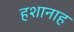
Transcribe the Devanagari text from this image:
हशानाह